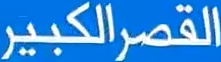
القصر الكبير